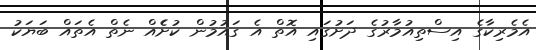
އެމެރިކާގެ އިސްތިއުމާރުގެ ދަށުގައި އޮތް އެ ގައުމުން ކުށެެއް ނެތް އެތައް ބަޔަކު